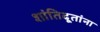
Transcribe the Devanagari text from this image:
शांतिदूतांना